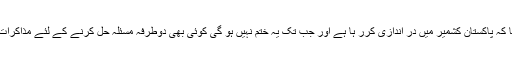
بھارت میں پہلے بیانیہ یہ تھا کہ پاکستان کشمیر میں در اندازی کرر ہا ہے اور جب تک یہ ختم نہیں ہو گی کوئی بھی دوطرفہ مسئلہ حل کرنے کے لئے مذاکرات کی میز پر نہیں بیٹھیں گے۔